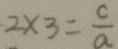
2 \times 3 = \frac { c } { a }